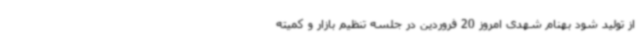
از تولید شود بهنام شهدی امروز 20 فروردین در جلسه تنظیم بازار و کمیته